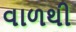
વાળથી